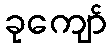
ခုကျော်